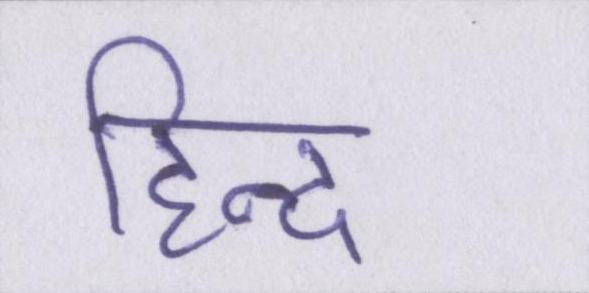
हिन्द